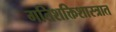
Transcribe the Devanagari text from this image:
गतिशक्तिशास्त्रात